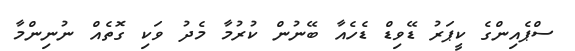
ސްޕެއިންގެ ކީޕަރު ޑޭވިޑް ޑެހެއާ ބޭނުން ކުރުމާ މެދު ވަކި ގޮތެއް ނުނިންމާ